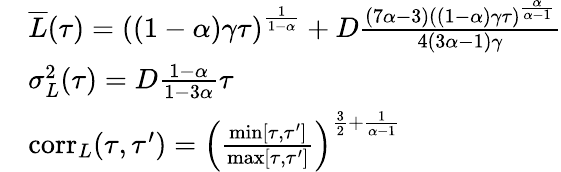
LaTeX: \begin{array}{rl}&{\overline{{L}}(\tau)=\left((1-\alpha)\gamma\tau\right)^{\frac{1}{1-\alpha}}+D\frac{(7\alpha-3)((1-\alpha)\gamma\tau)^{\frac{\alpha}{\alpha-1}}}{4(3\alpha-1)\gamma}}\\ &{\sigma_{L}^{2}(\tau)=D\frac{1-\alpha}{1-3\alpha}\tau}\\ &{\mathrm{corr}_{L}(\tau,\tau^{\prime})=\left(\frac{\operatorname*{min}[\tau,\tau^{\prime}]}{\operatorname*{max}[\tau,\tau^{\prime}]}\right)^{\frac{3}{2}+\frac{1}{\alpha-1}}}\end{array}